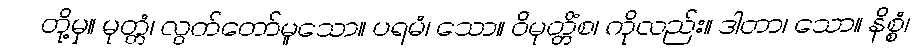
တို့မှ။ မုတ္တံ၊ လွတ်တော်မူသော။ ပရမံ၊ သော။ ဝိမုတ္တိံစ၊ ကိုလည်း။ ဒါတာ၊ သော။ နိစ္စံ၊